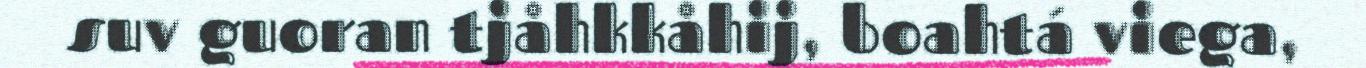
suv guoran tjåhkkåhij, boahtá viega,